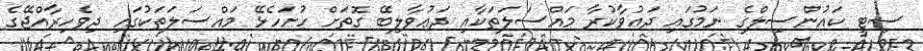
ސިޓީ ކައުންސިލްގެ ނަމުގައި ދަޢުވާކުރާ މައްސަލަތަކާއި ދަޢުވާލިބޭ ގޮތަށް ހުށަހެޅޭ މައްސަލަތަކުގައި ދިވެހިރާއްޖޭގެ